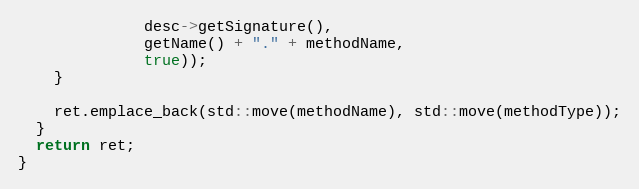
Language: C++
              desc->getSignature(),
              getName() + "." + methodName,
              true));
    }

    ret.emplace_back(std::move(methodName), std::move(methodType));
  }
  return ret;
}